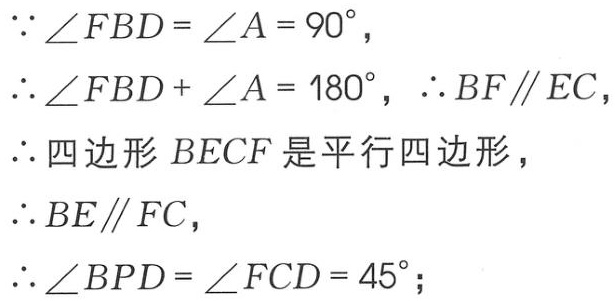
\(\because \angle FBD = \angle A = 90^{\circ},\\
\therefore \angle FBD + \angle A = 180^{\circ}, \therefore BF\parallel EC,\\
\therefore 四边形 BECF 是平行四边形,\\
\therefore BE\parallel FC,\\
\therefore \angle BPD = \angle FCD = 45^{\circ};\)